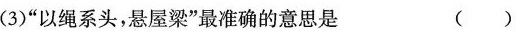
(3)”以绳系头，悬屋梁”最准确的意思是 ()